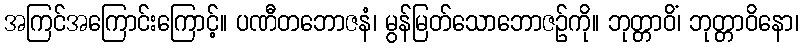
အကြင်အကြောင်းကြောင့်။ ပဏီတဘောဇနံ၊ မွန်မြတ်သောဘောဇဉ်ကို။ ဘုတ္တာဝိံ၊ ဘုတ္တာဝိနော၊